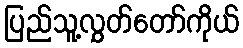
ပြည်သူ့လွှတ်တော်ကိုယ်